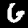
Digit: 6